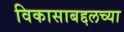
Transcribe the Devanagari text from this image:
विकासाबद्दलच्या